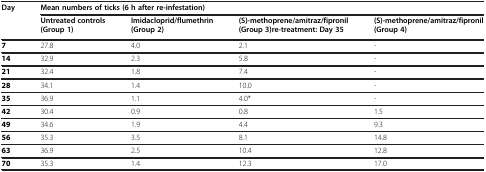
<table><thead><tr><td rowspan="2"><b>Day</b></td><td colspan="4"><b>Mean numbers of ticks (6 h after re-infestation)</b></td></tr><tr><td><b>Untreated controls(Group 1)</b></td><td><b>Imidacloprid/flumethrin(Group 2)</b></td><td><b>(S)-methoprene/amitraz/fipronil (Group 3)re-treatment: Day 35</b></td><td><b>(S)-methoprene/amitraz/fipronil(Group 4)</b></td></tr></thead><tbody><tr><td><b>7</b></td><td>27.8</td><td>4.0</td><td>2.1</td><td>-</td></tr><tr><td><b>14</b></td><td>32.9</td><td>2.3</td><td>5.8</td><td>-</td></tr><tr><td><b>21</b></td><td>32.4</td><td>1.8</td><td>7.4</td><td>-</td></tr><tr><td><b>28</b></td><td>34.1</td><td>1.4</td><td>10.0</td><td>-</td></tr><tr><td><b>35</b></td><td>36.9</td><td>1.1</td><td>4.0*</td><td>-</td></tr><tr><td><b>42</b></td><td>30.4</td><td>0.9</td><td>0.8</td><td>1.5</td></tr><tr><td><b>49</b></td><td>34.6</td><td>1.9</td><td>4.4</td><td>9.3</td></tr><tr><td><b>56</b></td><td>35.3</td><td>3.5</td><td>8.1</td><td>14.8</td></tr><tr><td><b>63</b></td><td>36.9</td><td>2.5</td><td>10.4</td><td>12.8</td></tr><tr><td><b>70</b></td><td>35.3</td><td>1.4</td><td>12.3</td><td>17.0</td></tr></tbody></table>